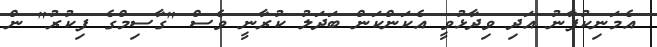
އެމަނިކުފާނު އަދި ވިދާޅުވީ އެކަންކަން ބަދަލު ކުރާނީ ވެސް "ގާސިމްގެ ފިކުރު" ން